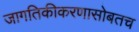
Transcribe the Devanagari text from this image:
जागतिकीकरणासोबतच